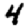
Digit: 4